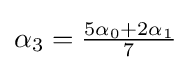
{\textstyle \alpha _{3}={{5\alpha _{0}+2\alpha _{1}} \over 7}}